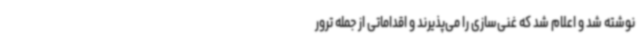
نوشته شد و اعلام شد که غنی‌سازی را می‌پذیرند و اقداماتی از جمله ترور